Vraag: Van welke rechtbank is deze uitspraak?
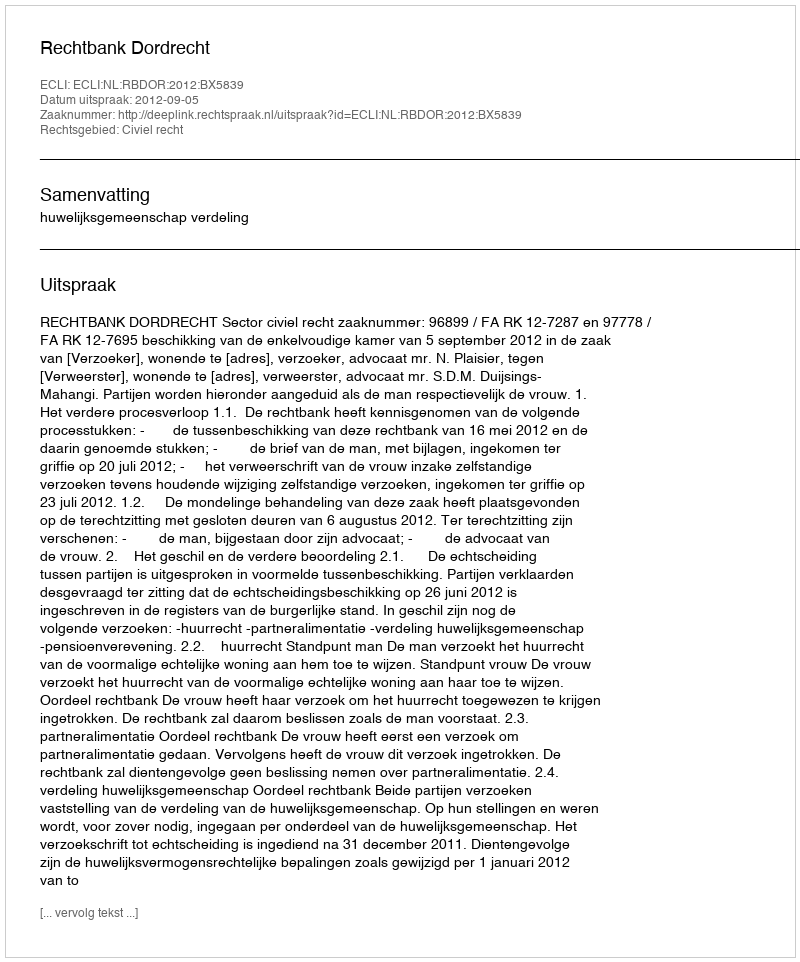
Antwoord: Rechtbank Dordrecht